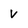
Character: v